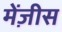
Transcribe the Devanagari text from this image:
मेंज़ीस